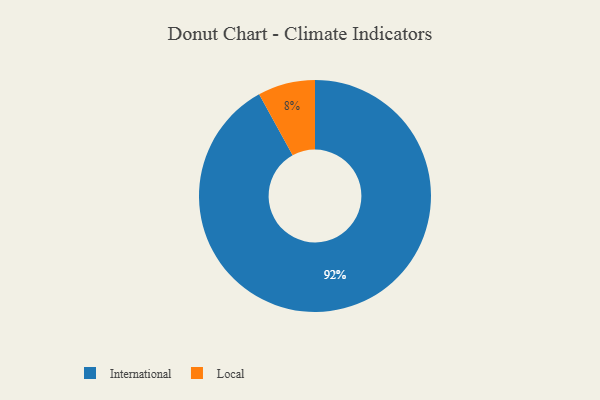
{"axis": {"x": "Category", "y": "Percentage"}, "legend": ["International", "Local"], "data": [{"x": "International", "y": 92, "type": "International"}, {"x": "Local", "y": 8, "type": "Local"}]}